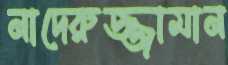
নাদেরুজ্জামান